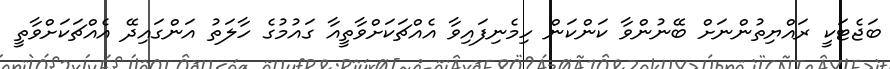
ބަޖެޓަކީ ރައްޔިތުންނަށް ބޭނުންވާ ކަންކަން ހިމެނިފައިވާ އެއްޗަކަށްވާތީއާ ގައުމުގެ ހާލަތު އަންގައިދޭ އެއްޗަކަށްވާތީ